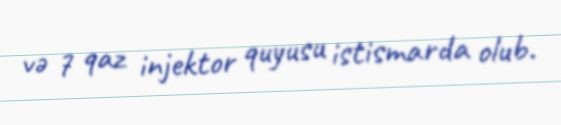
və 7 qaz injektor quyusu istismarda olub.